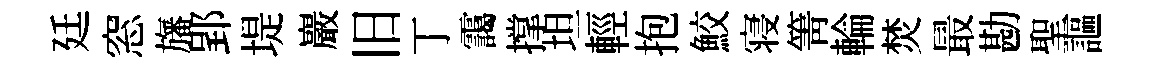
廷窓旛郢堤巖旧丁靄撑坦輕抱鮫寝箐輪焚最勘聖謳